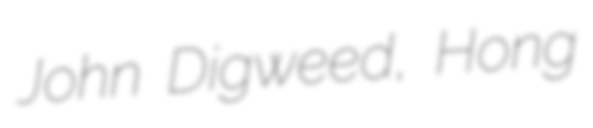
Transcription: John Digweed, Hong